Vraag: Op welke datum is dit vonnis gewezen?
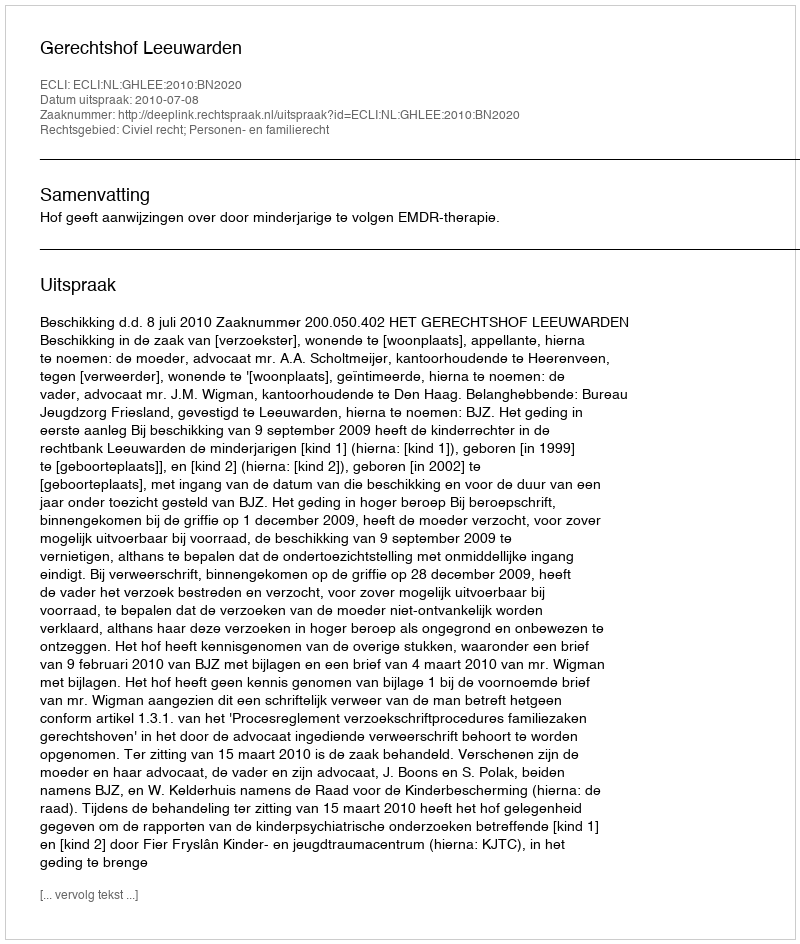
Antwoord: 2010-07-08